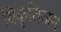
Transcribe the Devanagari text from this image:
विकृतिजन